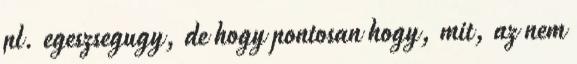
pl. egeszsegugy, de hogy pontosan hogy, mit, az nem